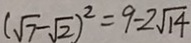
( \sqrt { 7 } - \sqrt { 2 } ) ^ { 2 } = 9 - 2 \sqrt { 1 4 }